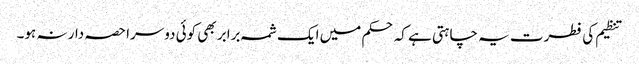
تنظیم کی فطرت یہ چاہتی ہے کہ حکم میں ایک شمہ برابر بھی کوئی دوسرا حصہ دار نہ ہو۔